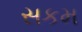
સકમ